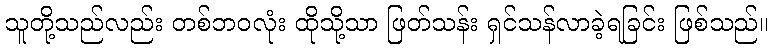
သူတို့သည်လည်း တစ်ဘဝလုံး ထိုသို့သာ ဖြတ်သန်း ရှင်သန်လာခဲ့ရခြင်း ဖြစ်သည်။